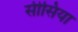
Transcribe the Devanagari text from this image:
सीसिया